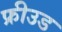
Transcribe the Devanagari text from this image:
फ्रीउड